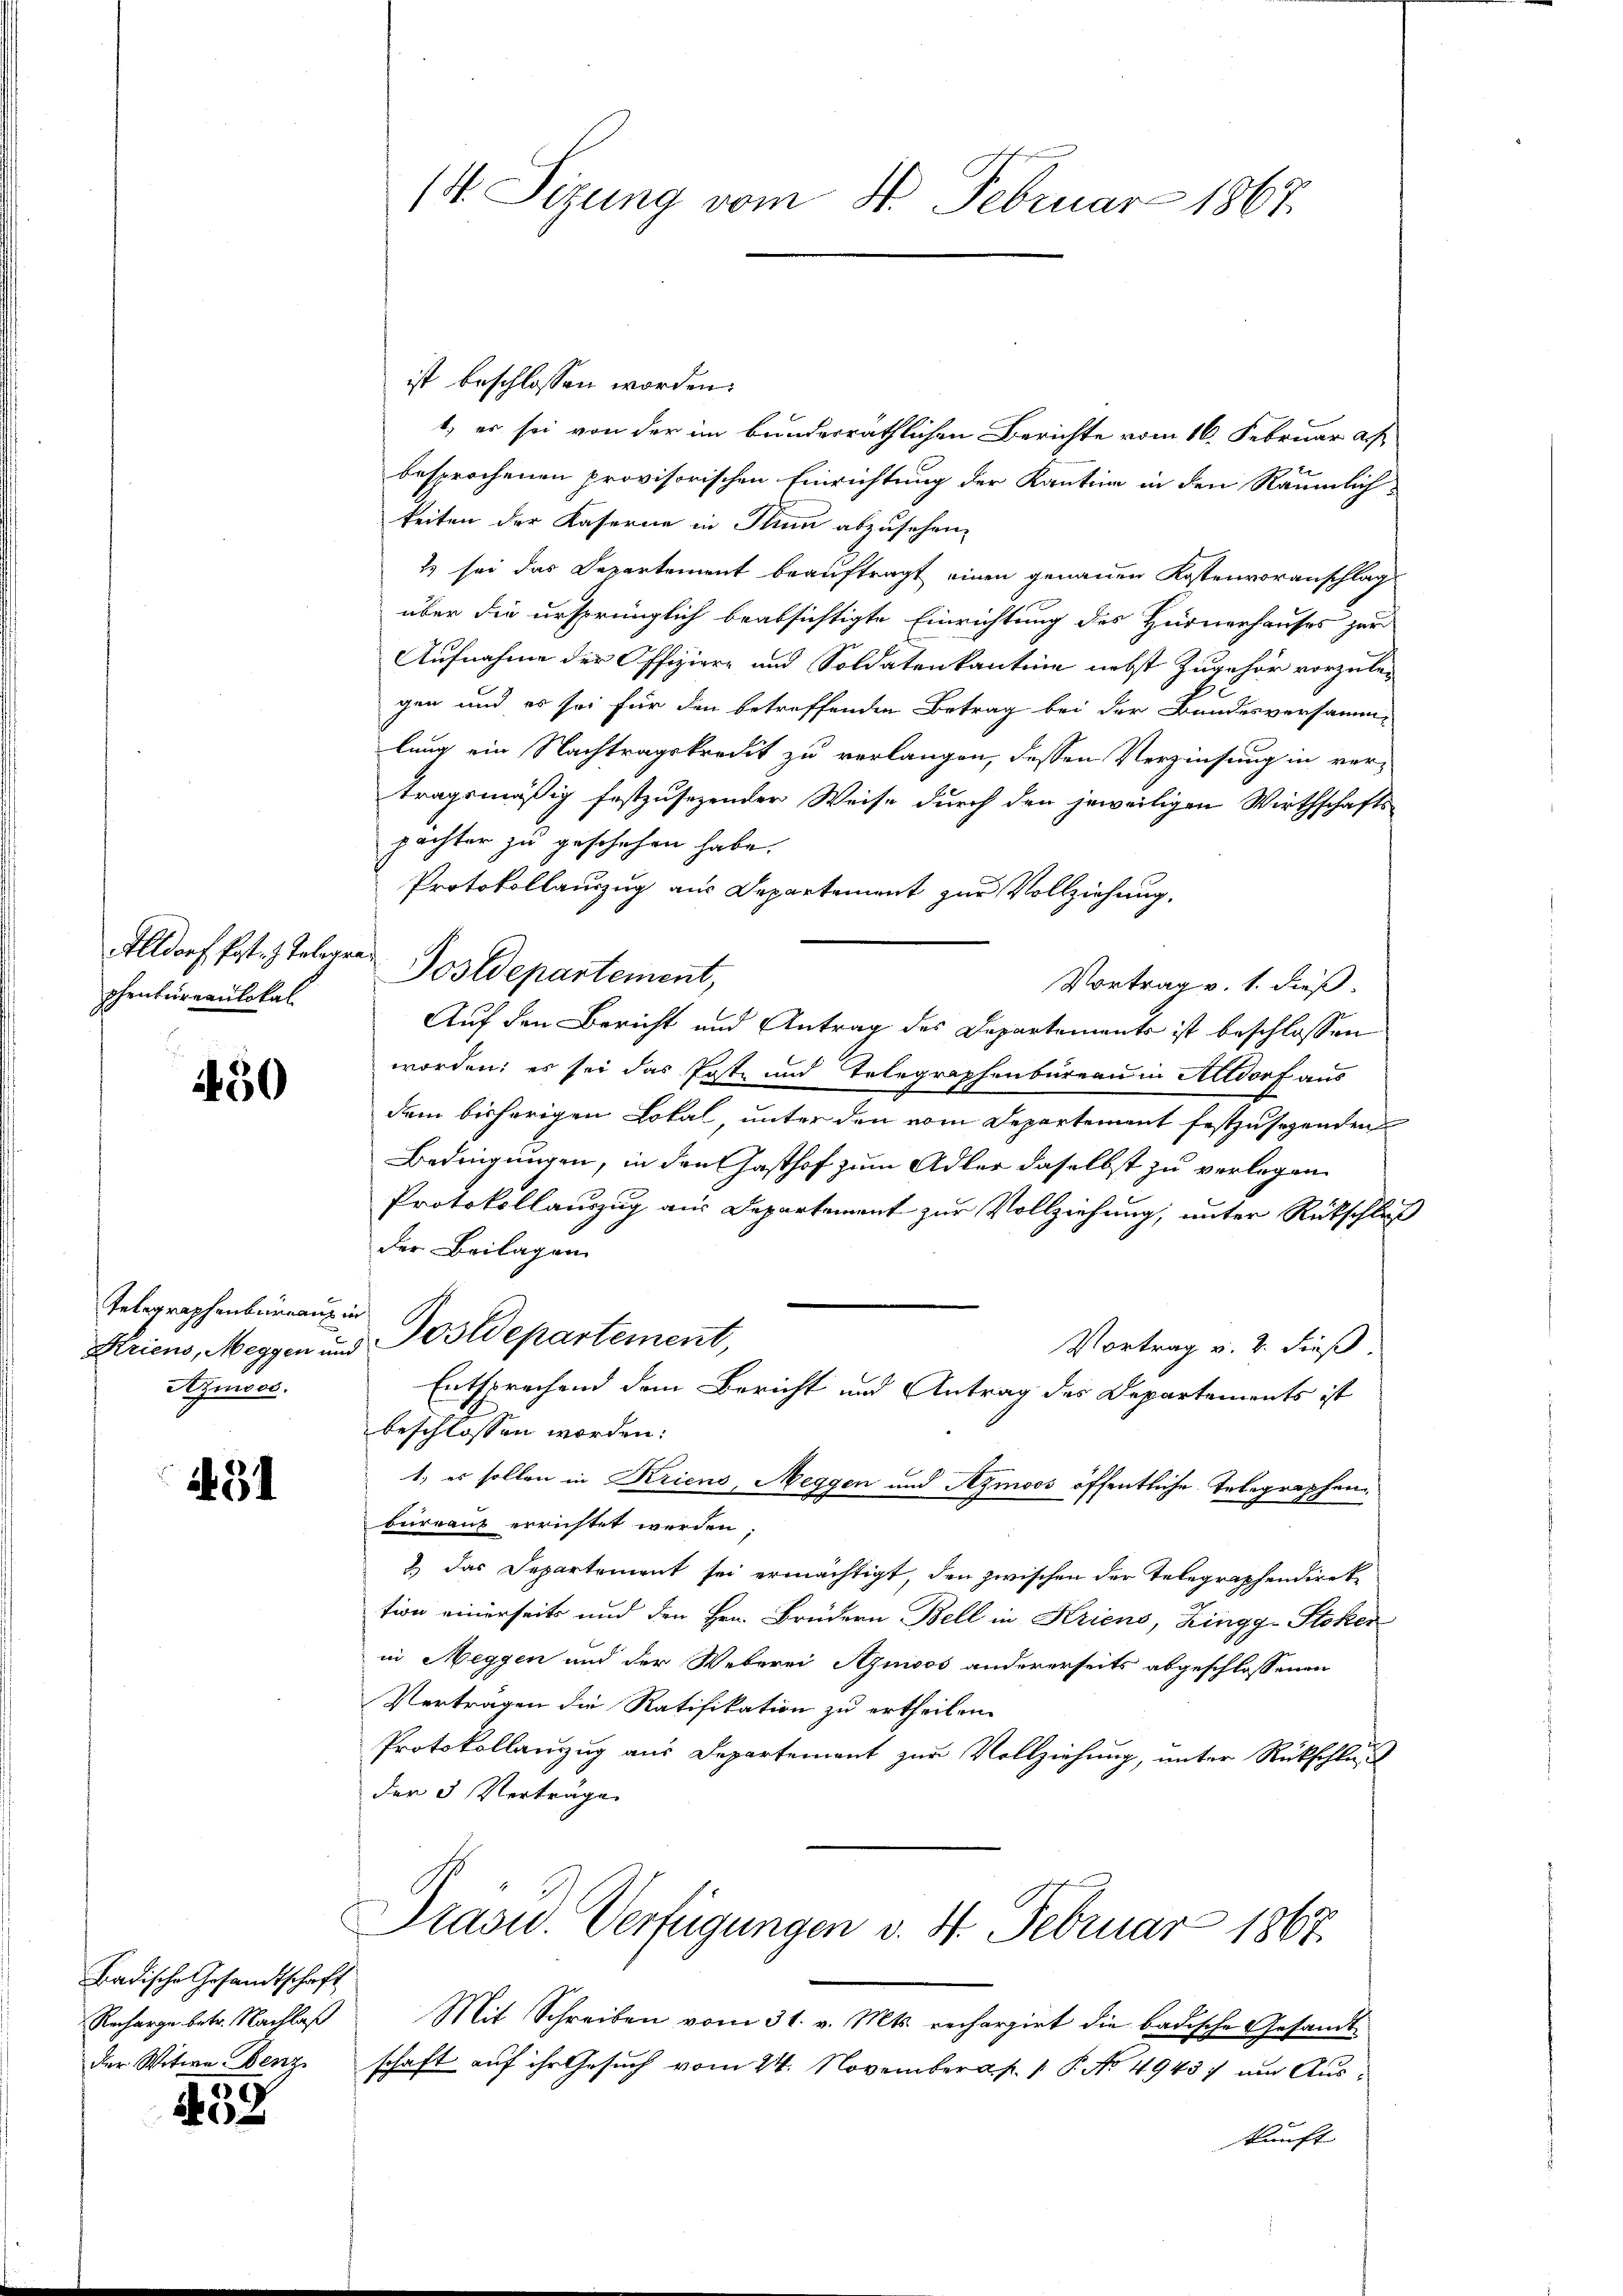
Altdorf Post.) Telegraphenbureaulokal

430

Telegraphenbergang in
Azioos.

491

Badische Gesandtschaft
Recharge betr. Nachlaß
der Witwe Benz

458

ist beschlossen worden.
1, er sei von der im bunderräthlichen Berichte vom 16. Februar a.h.
besprochenen provisorischen Einrichtung der Kantine in den Räumlich
keiten der Kaserne in Thun abzusehen.
2 sei das Departement beauftragt einen genauen Kostenvoranschlag
über die ursprünglich beabsichtigte Einrichtung des Hurnerhauses zur
Aufnahme der Offiziere und Soldaten kantine nebst Zugehör vorzulegen und es sei für den betreffenden Betrag bei der Bundesversamm-
lung ein Nachtragskredit zu verlangen, dessen Verzinsung in ver-
tragsmäßig festzusezender Weise durch den jeweiligen Wirthschafts-
pachter zu geschehen habe.
Protokollauszug aus Departement zur Vollziehung.
Postdepartement,
Vortrag v. 1. dieß.
Auf den Bericht und Antrag des Departements ist beschlossen
worden; es sei das Post und Telegraphenbureau in Altdorf aus
dem bisherigen Lokal unter den vom Departement festzusehenden
Bedingungen, in den Gasthof zum Adler daselbst zu verlegen
Protokollauszug aus Departement zur Vollziehung, unter Rückschluß
der Beilagen
Ariens, Meggen und Postdepartement,
Vortrag v. 2. dieß
Entsprachend dem Bericht und Antrag des Departements ist
beschlossen worden:
1) es sollen in Kriens, Meggen und Aymoos öffentliche Telegraphenbureau errichtet werden;
2) das Departement sei ermächtigt, den zwischen der Telegraphendirek
tion einerseits und den Hrn. Brüdern Bell in Kriens, Zingg-Stoker
in Meggen und der Weberei Aymoos andererseits abgeschlossenen
Vertragen die Ratifikation zu ertheilen.
Protokollauszug aus Departement zur Vollziehung, unter Rückschluß
der 3 Verträge

14. Sizung vom 4. Februar 1867.

Prasid. Verfügungen v. 4. Februar 1867

Mit Schreiben vom 31. v. Mts. rechargirt die badische Gesandt
schaft auf ihr Gesuch vom 24. November a. p. 1. P. No 4943, um Auskunft